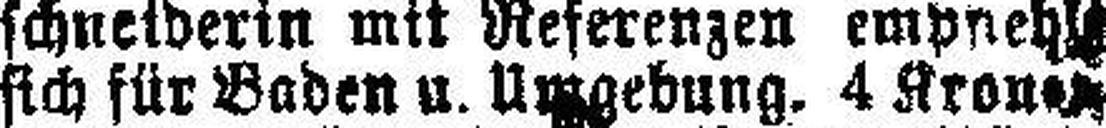
sich für Baden u. Umgebung. 4 Kronen¬